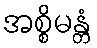
အစ္စိမန္တံ